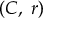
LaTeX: \textstyle ( C , \; r )